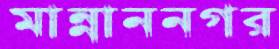
মান্নাননগর